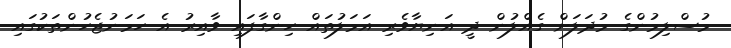
މުސްލިމުންގެ މުދަލަށް ގެއްލުން ދީ އަނިޔާވެރި އަމަލުތައް ހިންގާފައި ވާއިރު އެ ހަމަނުޖެހުންތަކުގައި